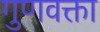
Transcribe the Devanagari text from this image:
गुणवक्ता